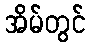
အိမ်တွင်